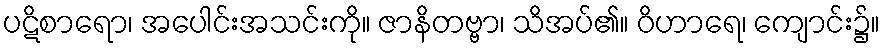
ပဋိစာရော၊ အပေါင်းအသင်းကို။ ဇာနိတဗ္ဗာ၊ သိအပ်၏။ ဝိဟာရေ၊ ကျောင်း၌။